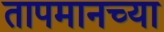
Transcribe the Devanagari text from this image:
तापमानच्या